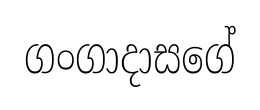
ගංගාදාසගේ